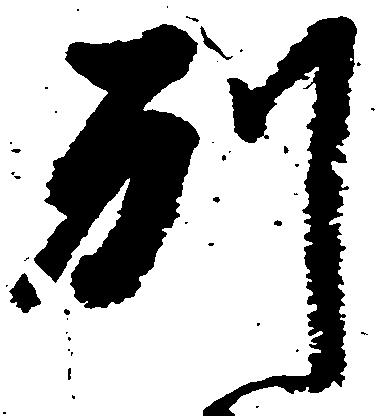
別